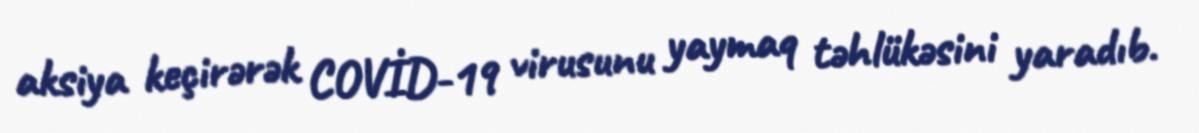
aksiya keçirərək COVİD-19 virusunu yaymaq təhlükəsini yaradıb.